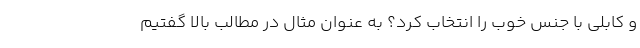
و کابلی با جنس خوب را انتخاب کرد؟ به عنوان مثال در مطالب بالا گفتیم